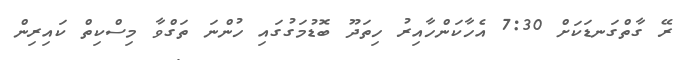
ރޭ ގާތްގަނޑަކަށް 7:30 އެހާކަންހާއިރު ހިތަދޫ ބޮޑުމަގުގައި ހުންނަ ތަގްވާ މިސްކިތް ކައިރިން